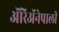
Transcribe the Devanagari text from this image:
ॲरिॲनेपाली